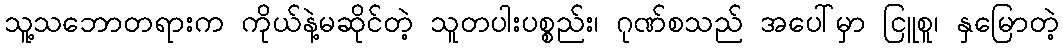
သူ့သဘောတရားက ကိုယ်နဲ့မဆိုင်တဲ့ သူတပါးပစ္စည်း၊ ဂုဏ်စသည် အပေါ်မှာ ငြူစူ၊ နှမြောတဲ့